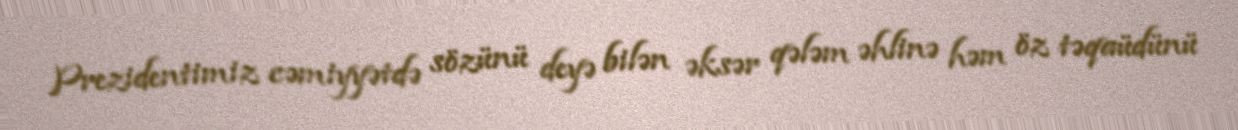
Prezidentimiz cəmiyyətdə sözünü deyə bilən əksər qələm əhlinə həm öz təqaüdünü